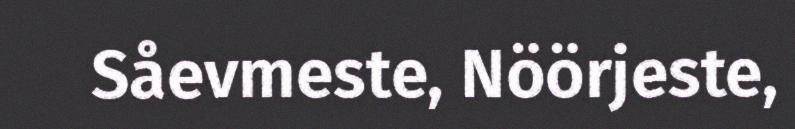
Såevmeste, Nöörjeste,